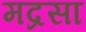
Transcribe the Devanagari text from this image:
मद्रसा